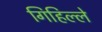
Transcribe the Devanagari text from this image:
गिहिल्ले